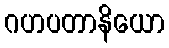
ဂဟပတာနိယော